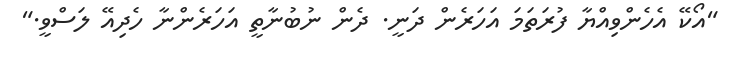
"އޯކޭ އެހެންވިއްޔާ ފުރަތަމަ އަހަރެން ދަނީ. ދެން ނުބުނާތީ އަހަރެންނާ ހެދިއޭ ލަސްވީ."